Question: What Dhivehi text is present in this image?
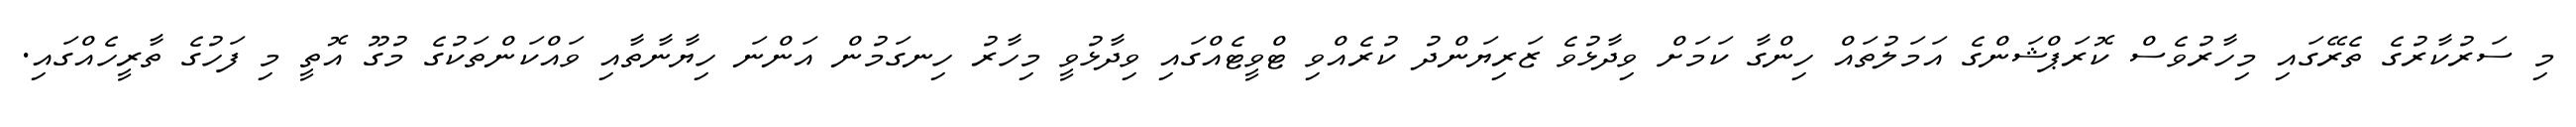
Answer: މި ސަރުކާރުގެ ތެރޭގައި މިހާރުވެސް ކޮރަޕްޝަންގެ އަމަލުތައް ހިންގާ ކަމަށް ވިދާޅުވެ ޒަރިޔަންދު ކުރެއްވި ޓްވީޓެއްގައި ވިދާޅުވީ މިހާރު ހިނގަމުން އަންނަ ހިޔާނާތާއި ވައްކަންތަކުގެ މުގޫ އޮތީ މި ފަހުގެ ތާރީހެއްގައި.